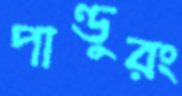
পাণ্ডুরং